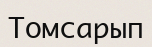
Томсарып